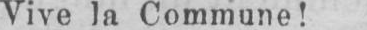
Vive la Commune!